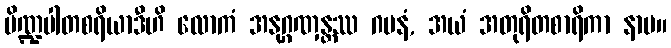
ပိဏ္ဍပါတစရိယာဒီဟိ လောကံ အနုဂ္ဂဏှန္တဿ ဂမနံ, အယံ အတုရိတစာရိကာ နာမ။